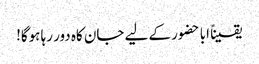
یقیناً ابا حضور کے لیے جان کاہ دور رہا ہوگا!